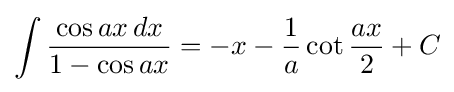
\int {\frac {\cos ax\,dx}{1-\cos ax}}=-x-{\frac {1}{a}}\cot {\frac {ax}{2}}+C